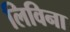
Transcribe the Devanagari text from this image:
लिविना